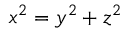
x ^ { 2 } = y ^ { 2 } + z ^ { 2 }